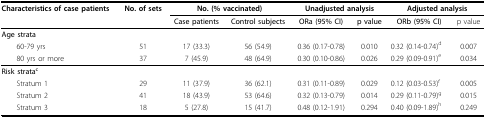
<table><thead><tr><td><b>Characteristics of case patients</b></td><td><b>No. of sets</b></td><td colspan="2"><b>No. (% vaccinated)</b></td><td colspan="2"><b>Unadjusted analysis</b></td><td colspan="2"><b>Adjusted analysis</b></td></tr><tr><td></td><td></td><td><b>Case patients</b></td><td><b>Control subjects</b></td><td><b>ORa (95% CI)</b></td><td><b>p value</b></td><td><b>ORb (95% CI)</b></td><td><b>p value</b></td></tr></thead><tbody><tr><td><b>Age strata</b></td><td></td><td></td><td></td><td></td><td></td><td></td><td></td></tr><tr><td> 60-79 yrs</td><td>51</td><td>17 (33.3)</td><td>56 (54.9)</td><td>0.36 (0.17-0.78)</td><td>0.010</td><td>0.32 (0.14-0.74)<sup>d</sup></td><td>0.007</td></tr><tr><td> 80 yrs or more</td><td>37</td><td>7 (45.9)</td><td>48 (64.9)</td><td>0.30 (0.10-0.86)</td><td>0.026</td><td>0.29 (0.09-0.91)<sup>e</sup></td><td>0.034</td></tr><tr><td><b>Risk strata<sup>c</sup></b></td><td></td><td></td><td></td><td></td><td></td><td></td><td></td></tr><tr><td> Stratum 1</td><td>29</td><td>11 (37.9)</td><td>36 (62.1)</td><td>0.31 (0.11-0.89)</td><td>0.029</td><td>0.12 (0.03-0.53)<sup>f</sup></td><td>0.005</td></tr><tr><td> Stratum 2</td><td>41</td><td>18 (43.9)</td><td>53 (64.6)</td><td>0.32 (0.13-0.79)</td><td>0.014</td><td>0.29 (0.11-0.79)<sup>g</sup></td><td>0.015</td></tr><tr><td> Stratum 3</td><td>18</td><td>5 (27.8)</td><td>15 (41.7)</td><td>0.48 (0.12-1.91)</td><td>0.294</td><td>0.40 (0.09-1.89)<sup>h</sup></td><td>0.249</td></tr></tbody></table>